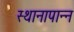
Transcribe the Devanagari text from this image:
स्थानापान्न